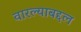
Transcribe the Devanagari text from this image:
वारल्याबद्दल